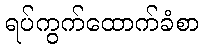
ရပ်ကွက်ထောက်ခံစာ